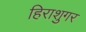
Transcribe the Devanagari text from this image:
हिराशुगर